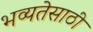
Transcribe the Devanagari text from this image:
भव्यतेसाठी